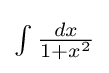
\textstyle \int {\frac {dx}{1+x^{2}}}